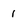
Character: 1